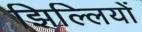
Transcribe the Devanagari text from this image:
झिल्‍लियों